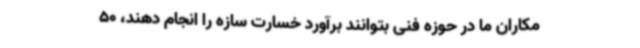
مکاران ما در حوزه فنی بتوانند برآورد خسارت سازه را انجام دهند، 50